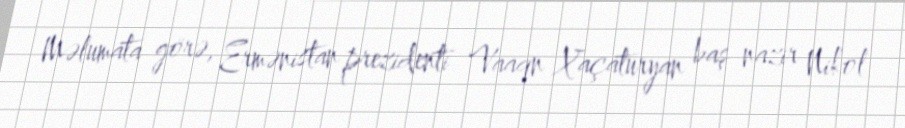
Məlumata görə, Ermənistan prezidenti Vaaqn Xaçaturyan baş nazir Nikol